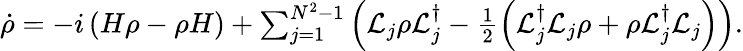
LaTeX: \begin{array}{r}{\dot{\rho}=-i\left(H\rho-\rho H\right)+\sum_{j=1}^{N^{2}-1}\left({\cal L}_{j}\rho{\cal L}_{j}^{\dagger}-\frac{1}{2}\left({\cal L}_{j}^{\dagger}{\cal L}_{j}\rho+\rho{\cal L}_{j}^{\dagger}{\cal L}_{j}\right)\right).}\end{array}